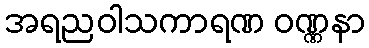
အရညဝါသကာရဏ ဝဏ္ဏနာ